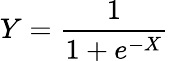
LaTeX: Y=\frac{1}{1+e^{-X}}